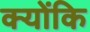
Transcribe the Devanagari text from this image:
क्योंकि